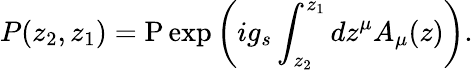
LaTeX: P(z_{2},z_{1})=\mathrm{P}\exp\left(ig_{s}\int_{z_{2}}^{z_{1}}dz^{\mu}A_{\mu}(z)\right).